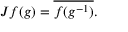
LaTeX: J f ( g ) = { \overline { { f ( g ^ { - 1 } ) } } } .